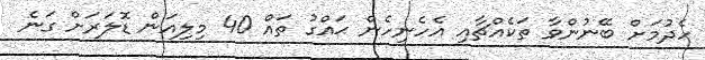
ހެދުމަށް ބޭނުންވާ ތަކެއްޗާއި އެހެނިހެން ޙައްގު ތައް 40 މިލިއަން ޑޮލަރަށް ގަނެ